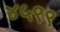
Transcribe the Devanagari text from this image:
४५९९